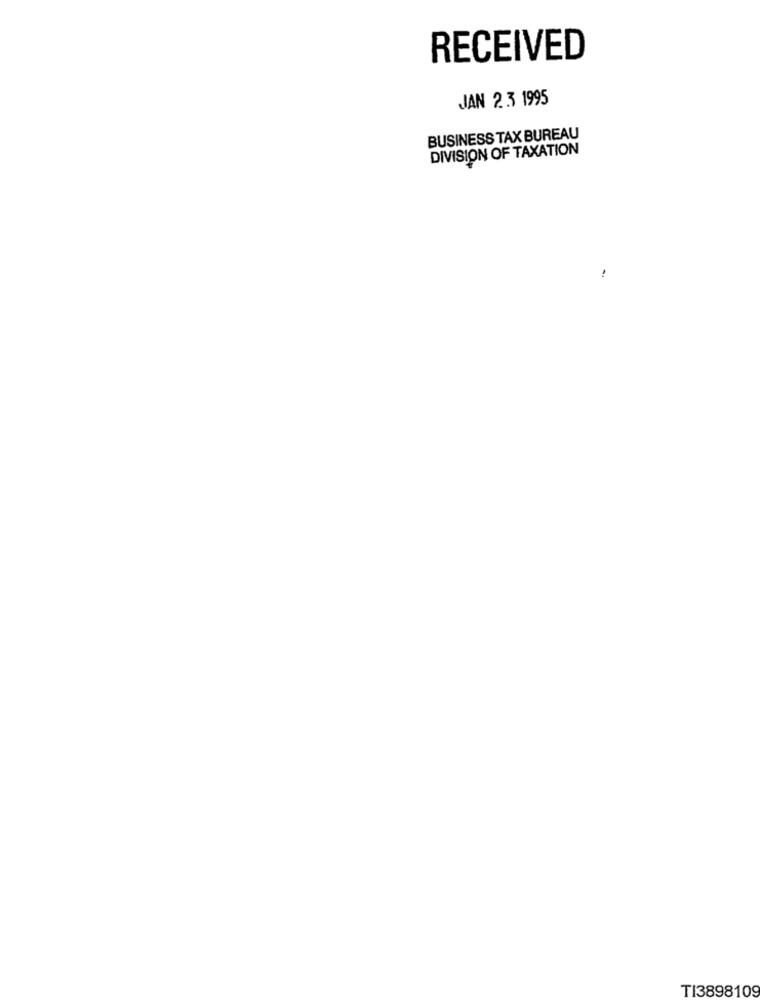
RECEIVED
JAN 2.3 1995
BUSINESS TAX BUREAU
DIVISION OF TAXATION
..
TI3898109